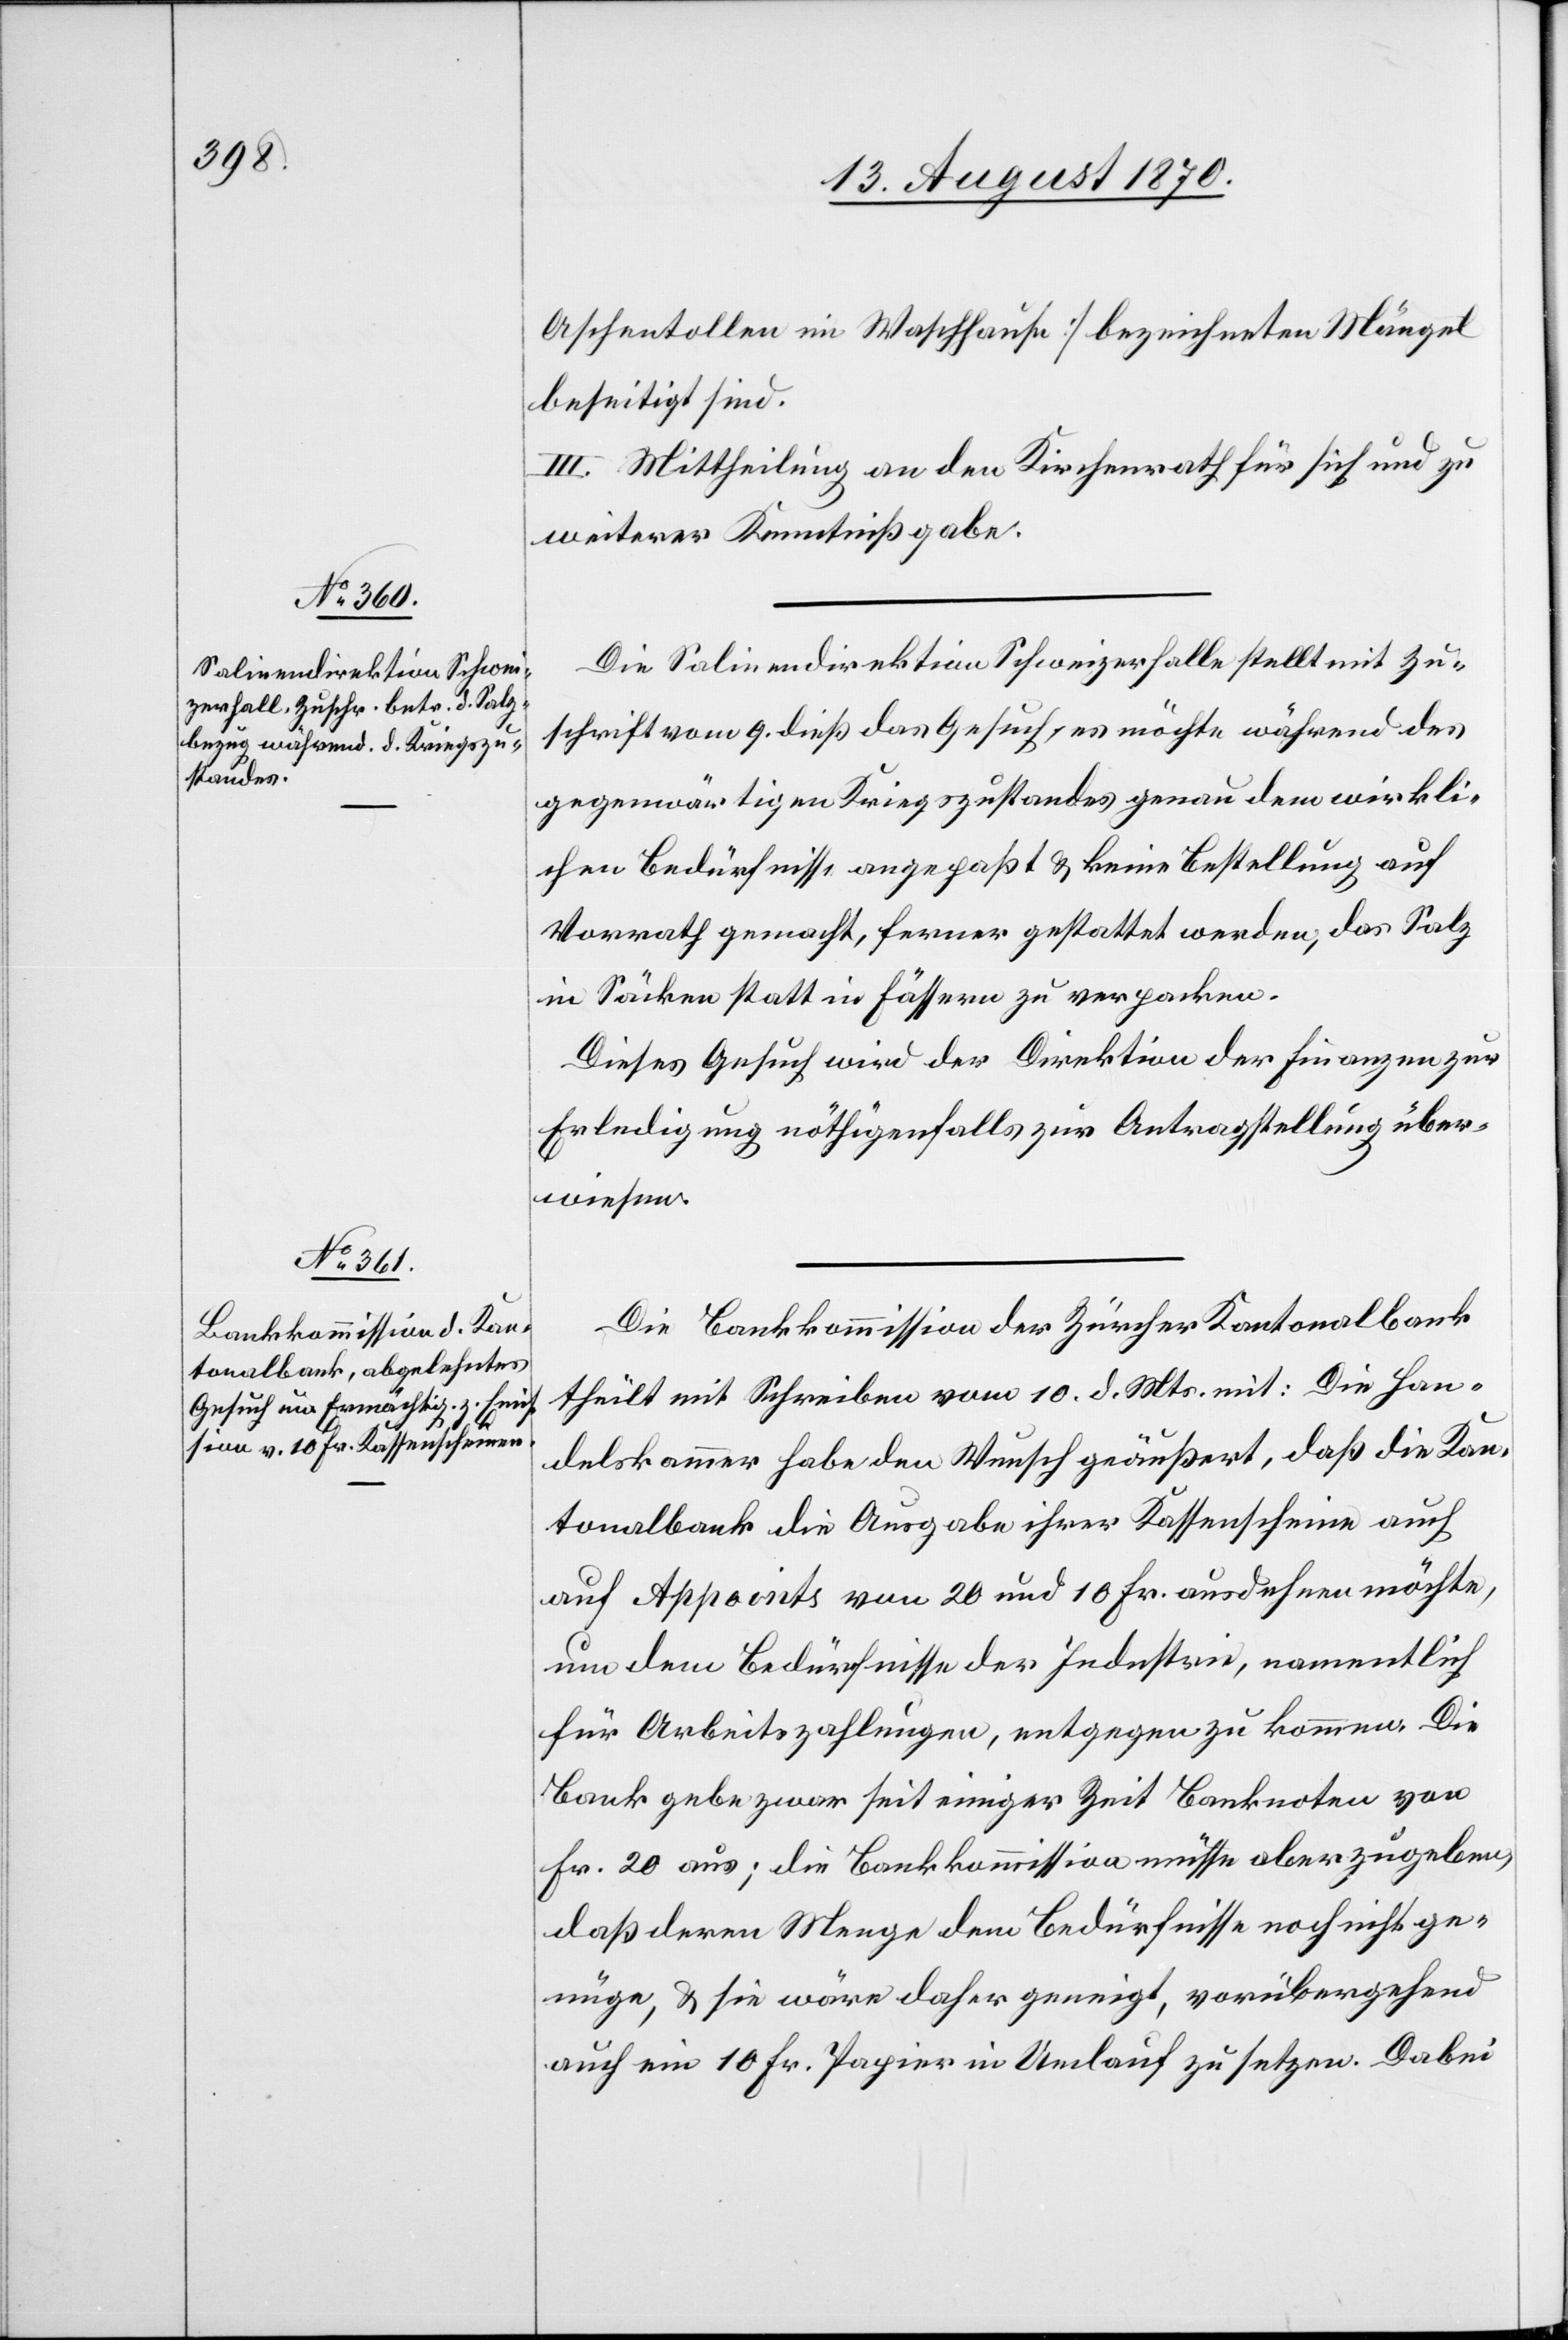
Salinendirektion Schweiz¬
erhalle

Aschetollen im Waschhause] bezeichneten Mängel
beseitigt sind.
III. Mittheilung an den Kirchenrath für sich und zu
weiterer Kenntnißgabe.
Zuschrift vom 9. dieß das Gesuch, es möchte während des
gegenwärtigen Kriegszustandes genau dem wirkli¬
chen Bedürfnisse angepaßt & keine Bestellung auf
Vorrath gemacht, ferner gestattet werden, das Salz
in Säcken statt in Fässern zu verpacken.
Dieses Gesuch wird der Direktion der Finanzen zur
Erledigung nöthigenfalls zur Antragstellung über¬
wiesen.
Die Bankkommission der Zürcher Kantonalbank
theilt mit Schreiben vom 10. d. Mts. mit: Die Han¬
delskammer habe den Wunsch geäußert, daß die Kan¬
tonalbank die Ausgabe ihrer Kassenscheine auch
auf Appoints von 20 und 10 Fr. ausdehnen möchte,
um dem Bedürfnisse der Industrie, namentlich
für Arbeitszahlungen, entgegen zu kommen. Die
Bank gebe zwar seit einiger Zeit Banknoten von
Fr. 20 aus; die Bankkommission müsse aber zugeben,
daß deren Menge dem Bedürfnisse noch nicht ge¬
nüge, & sie wäre daher geneigt, vorübergehend
auch ein 10 Fr. Papier in Umlauf zu setzen. Dabei